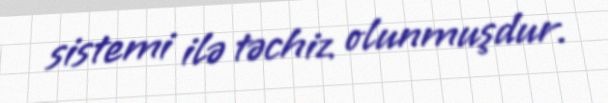
sistemi ilə təchiz olunmuşdur.